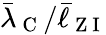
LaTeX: \bar{\lambda}_{\mathrm{~C~}}/\bar{\ell}_{\mathrm{~Z~I~}}